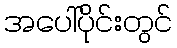
အပေါ်ပိုင်းတွင်